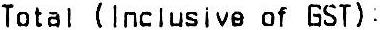
TOTAL (INCLUSIVE OF GST) :